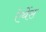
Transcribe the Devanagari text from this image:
ऐथेंस